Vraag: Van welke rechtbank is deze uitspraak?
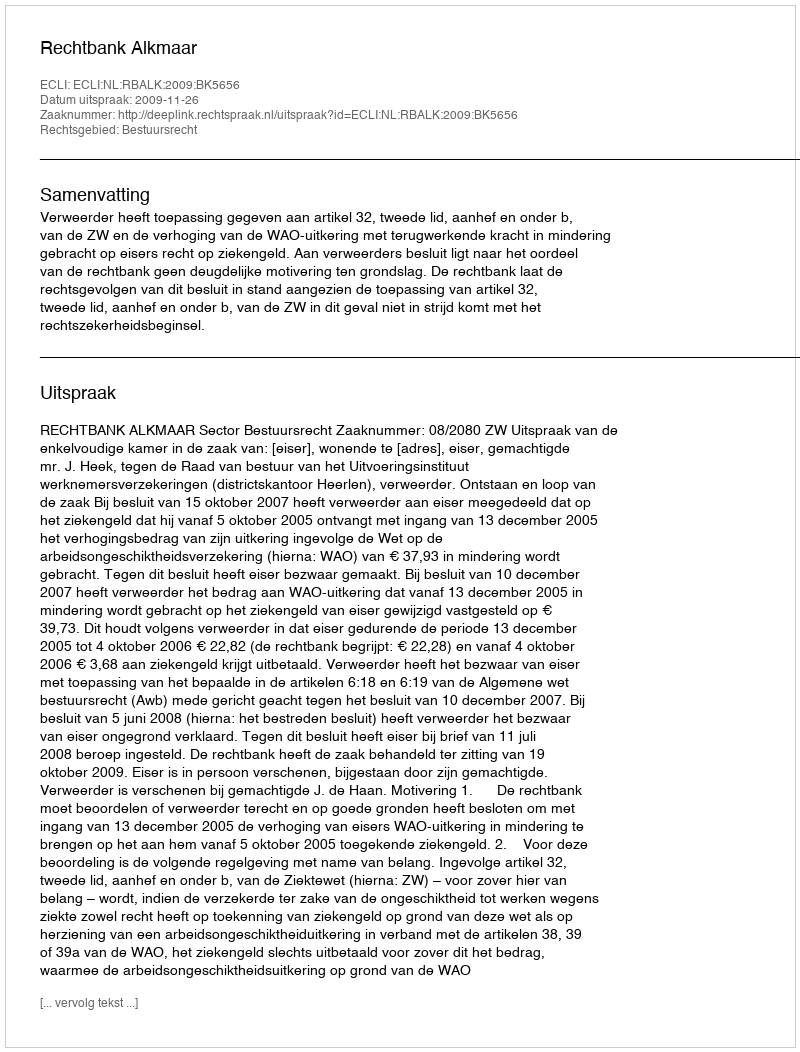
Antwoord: Rechtbank Alkmaar